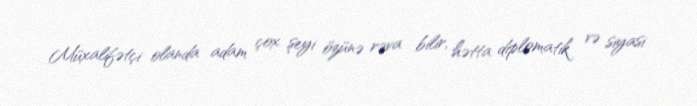
Müxalifətçi olanda adam çox şeyi özünə rəva bilir, hətta diplomatik və siyasi